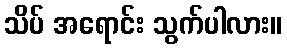
သိပ် အရောင်း သွက်ပါလား။